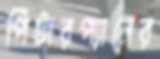
পিটারপ্যানের